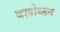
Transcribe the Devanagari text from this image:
वलोकन